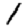
Digit: 1